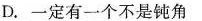
D.一定有一个不是钝角